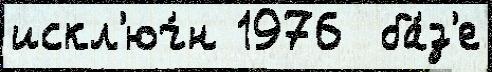
искл'юч́н 1976  ба́з'е